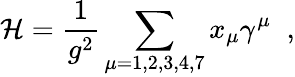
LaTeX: {\cal H}=\frac{1}{g^{2}}\sum_{\mu=1,2,3,4,7}x_{\mu}\gamma^{\mu}\; \; ,